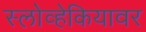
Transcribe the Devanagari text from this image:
स्लोव्हेकियावर